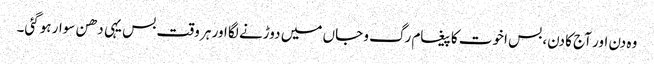
وہ دن اور آج کا دن، بس اخوت کا پیغام رگ و جاں میں دوڑنے لگا اور ہر وقت بس یہی دھن سوار ہوگئی۔